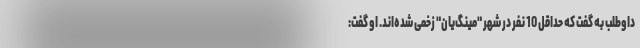
داوطلب به گفت که حداقل 10 نفر در شهر "مینگ‌یان" زخمی شده‌اند. او گفت: